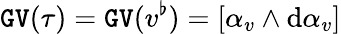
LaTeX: \mathtt{GV}(\tau)=\mathtt{GV}(v^{\flat})=[\alpha_{v}\wedge\mathrm{d}\alpha_{v}]